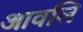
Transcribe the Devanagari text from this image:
आवलि